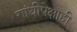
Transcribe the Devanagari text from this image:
गांधीपेक्षाही